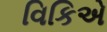
વિકિએ